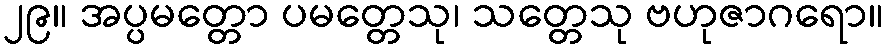
၂၉။ အပ္ပမတ္တော ပမတ္တေသု၊ သတ္တေသု ဗဟုဇာဂရော။